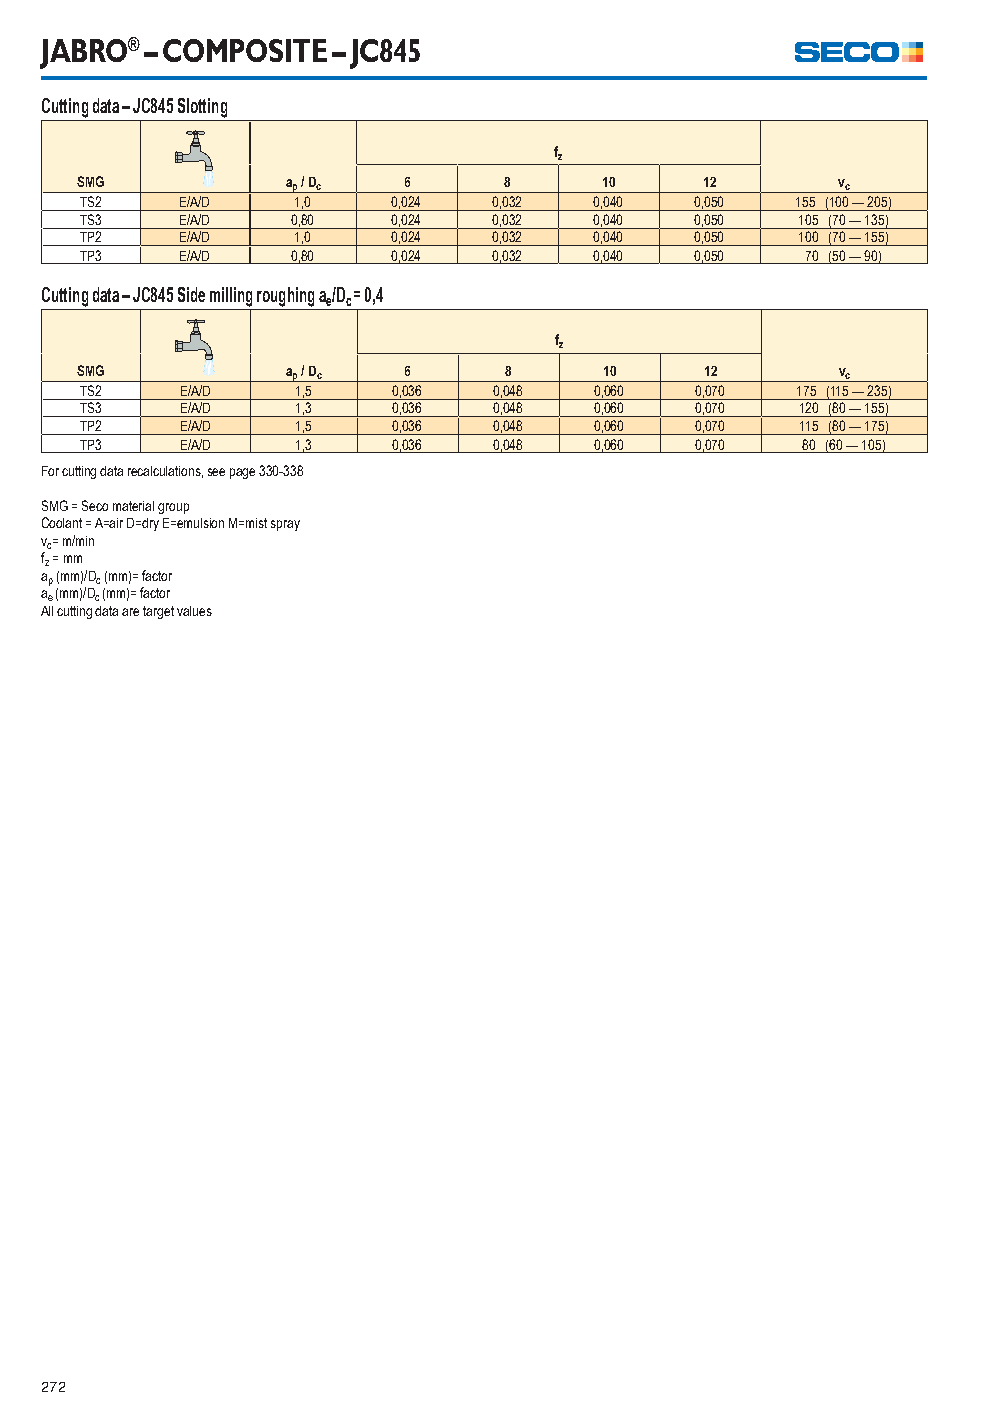
JABRO® – COMPOSITE – JC845
 Cutting data – JC845 Slotting
 fz
 SMG           ap / Dc 6     8      10     12      vc
 TS2    E/A/D   1,0   0,024  0,032 0,040  0,050  155 (100 — 205)
 TS3    E/A/D  0,80   0,024  0,032 0,040  0,050  105 (70 — 135)
 TP2    E/A/D   1,0   0,024  0,032 0,040  0,050  100 (70 — 155)
 TP3    E/A/D  0,80   0,024  0,032 0,040  0,050  70 (50 — 90)
 Cutting data – JC845 Side milling roughing a/D = 0,4
 e c
 fz
 SMG           ap / Dc 6     8      10     12       vc
 TS2    E/A/D   1,5   0,036  0,048 0,060  0,070  175 (115 — 235)
 TS3    E/A/D   1,3   0,036  0,048 0,060  0,070  120 (80 — 155)
 TP2    E/A/D   1,5   0,036  0,048 0,060  0,070  115 (80 — 175)
 TP3    E/A/D   1,3   0,036  0,048 0,060  0,070  80 (60 — 105)
 For cutting data recalculations, see page 330-338
 SMG = Seco material group
 Coolant = A=air D=dry E=emulsion M=mist spray
 vc= m/min
 fz = mm
 ap (mm)/Dc (mm)= factor
 ae (mm)/Dc (mm)= factor
 All cutting data are target values
 272